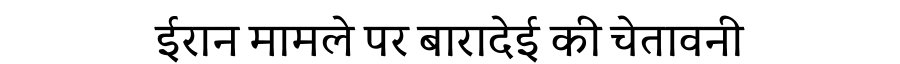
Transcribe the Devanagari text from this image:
ईरान मामले पर बारादेई की चेतावनी